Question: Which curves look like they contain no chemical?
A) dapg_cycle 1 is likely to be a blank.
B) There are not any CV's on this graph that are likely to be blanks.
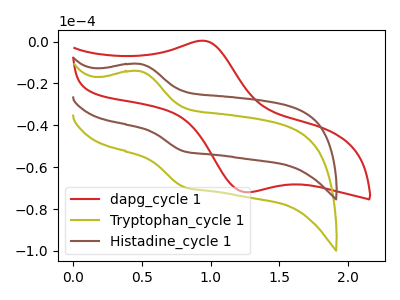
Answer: <think>The red curve "dapg_cycle 1" has an anodic peak at (0.95V, 0.40uA) and a cathodic peak at (1.25V, -71.95uA). The olive curve "Tryptophan_cycle 1" has an anodic peak at (0.50V, -14.15uA) and a cathodic peak at (0.80V, -69.45uA). The brown curve "Histadine_cycle 1" has an anodic peak at (0.50V, -10.70uA) and a cathodic peak at (0.80V, -52.40uA).</think>
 <answer>B) There are not any CV's on this graph that are likely to be blanks.</answer>
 <eval>B</eval>